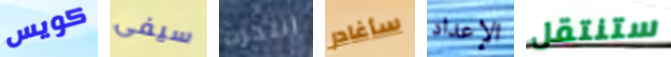
كويس سيفى انتحرت سأغادر الإعداد ستنتقل